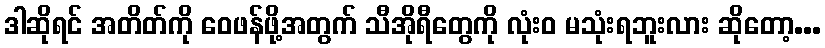
ဒါဆိုရင် အတိတ်ကို ဝေဖန်ဖို့အတွက် သီအိုရီတွေကို လုံးဝ မသုံးရဘူးလား ဆိုတော့...